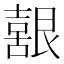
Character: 𮎚